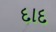
દાદ